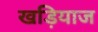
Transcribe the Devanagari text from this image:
खड़ियाज